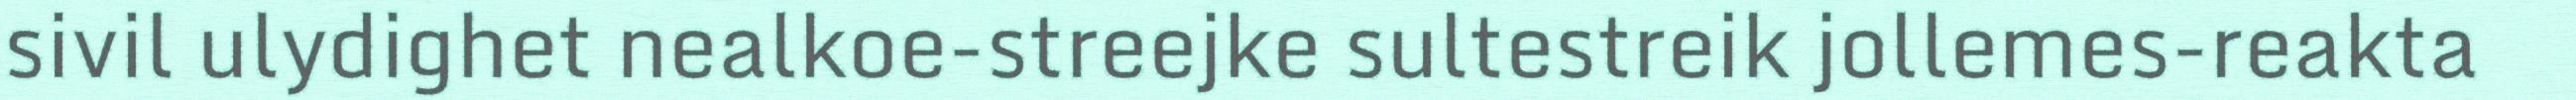
sivil ulydighet nealkoe-streejke sultestreik jollemes-reakta